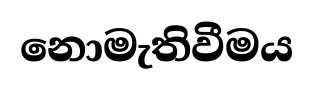
නොමැතිවීමය